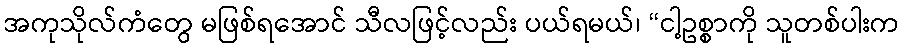
အကုသိုလ်ကံတွေ မဖြစ်ရအောင် သီလဖြင့်လည်း ပယ်ရမယ်၊ “ငါ့ဥစ္စာကို သူတစ်ပါးက